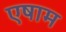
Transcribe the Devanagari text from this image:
एषाम